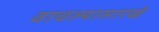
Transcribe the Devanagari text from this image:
वाचल्यासारखे